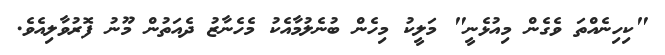
"ކިހިނެއްތަ ވެގެން މިއުޅެނީ" މަލީކު މިހެން ބުނެލުމާއެކު މެހެނާޒު ދެއަތުން މޫނު ފޮރުވާލިއެވެ.